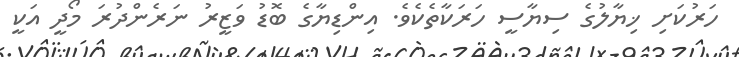
ހަރުކަށި ޚިޔާލުގެ ސިޔާސީ ހަރަކާތެކެވެ. އިންޑިޔާގެ ބޮޑު ވަޒީރު ނަރެންދުރަ މޯދީ އަކީ